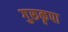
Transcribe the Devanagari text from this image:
गुरूकृपा